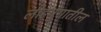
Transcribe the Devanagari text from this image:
लोहयुगातील